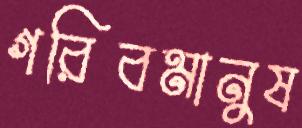
গরিবমানুষ